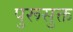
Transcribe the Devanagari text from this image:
पुरूसुक्त